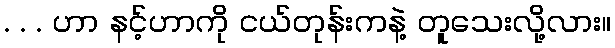
. . . ဟာ နင့်ဟာကို ငယ်တုန်းကနဲ့ တူသေးလို့လား။